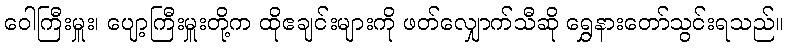
ဝေါကြီးမှူး၊ ပျော့ကြီးမှူးတို့က ထိုဧချင်းများကို ဖတ်လျှောက်သီဆို ရွှေနားတော်သွင်းရသည်။